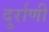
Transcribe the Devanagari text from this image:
दुर्राणी